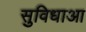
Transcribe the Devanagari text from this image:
सुविधाआ